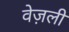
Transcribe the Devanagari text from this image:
वेज़ली